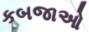
કબજાઓ